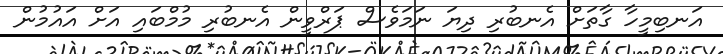
އަނބިމީހާ ގާތަށް އެނބުރި ދިޔަ ނަމަވެސް ޕަރްވީން އެނބުރި މުމްބައި އަށް އައުމުން